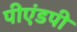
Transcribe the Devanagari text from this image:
पीएंडपी